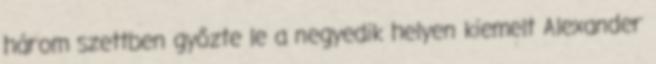
három szettben győzte le a negyedik helyen kiemelt Alexander